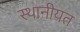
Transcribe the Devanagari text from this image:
स्थानीयत